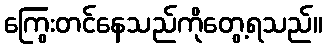
ကြွေးတင်နေသည်ကိုတွေ့ရသည်။